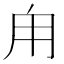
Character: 甪